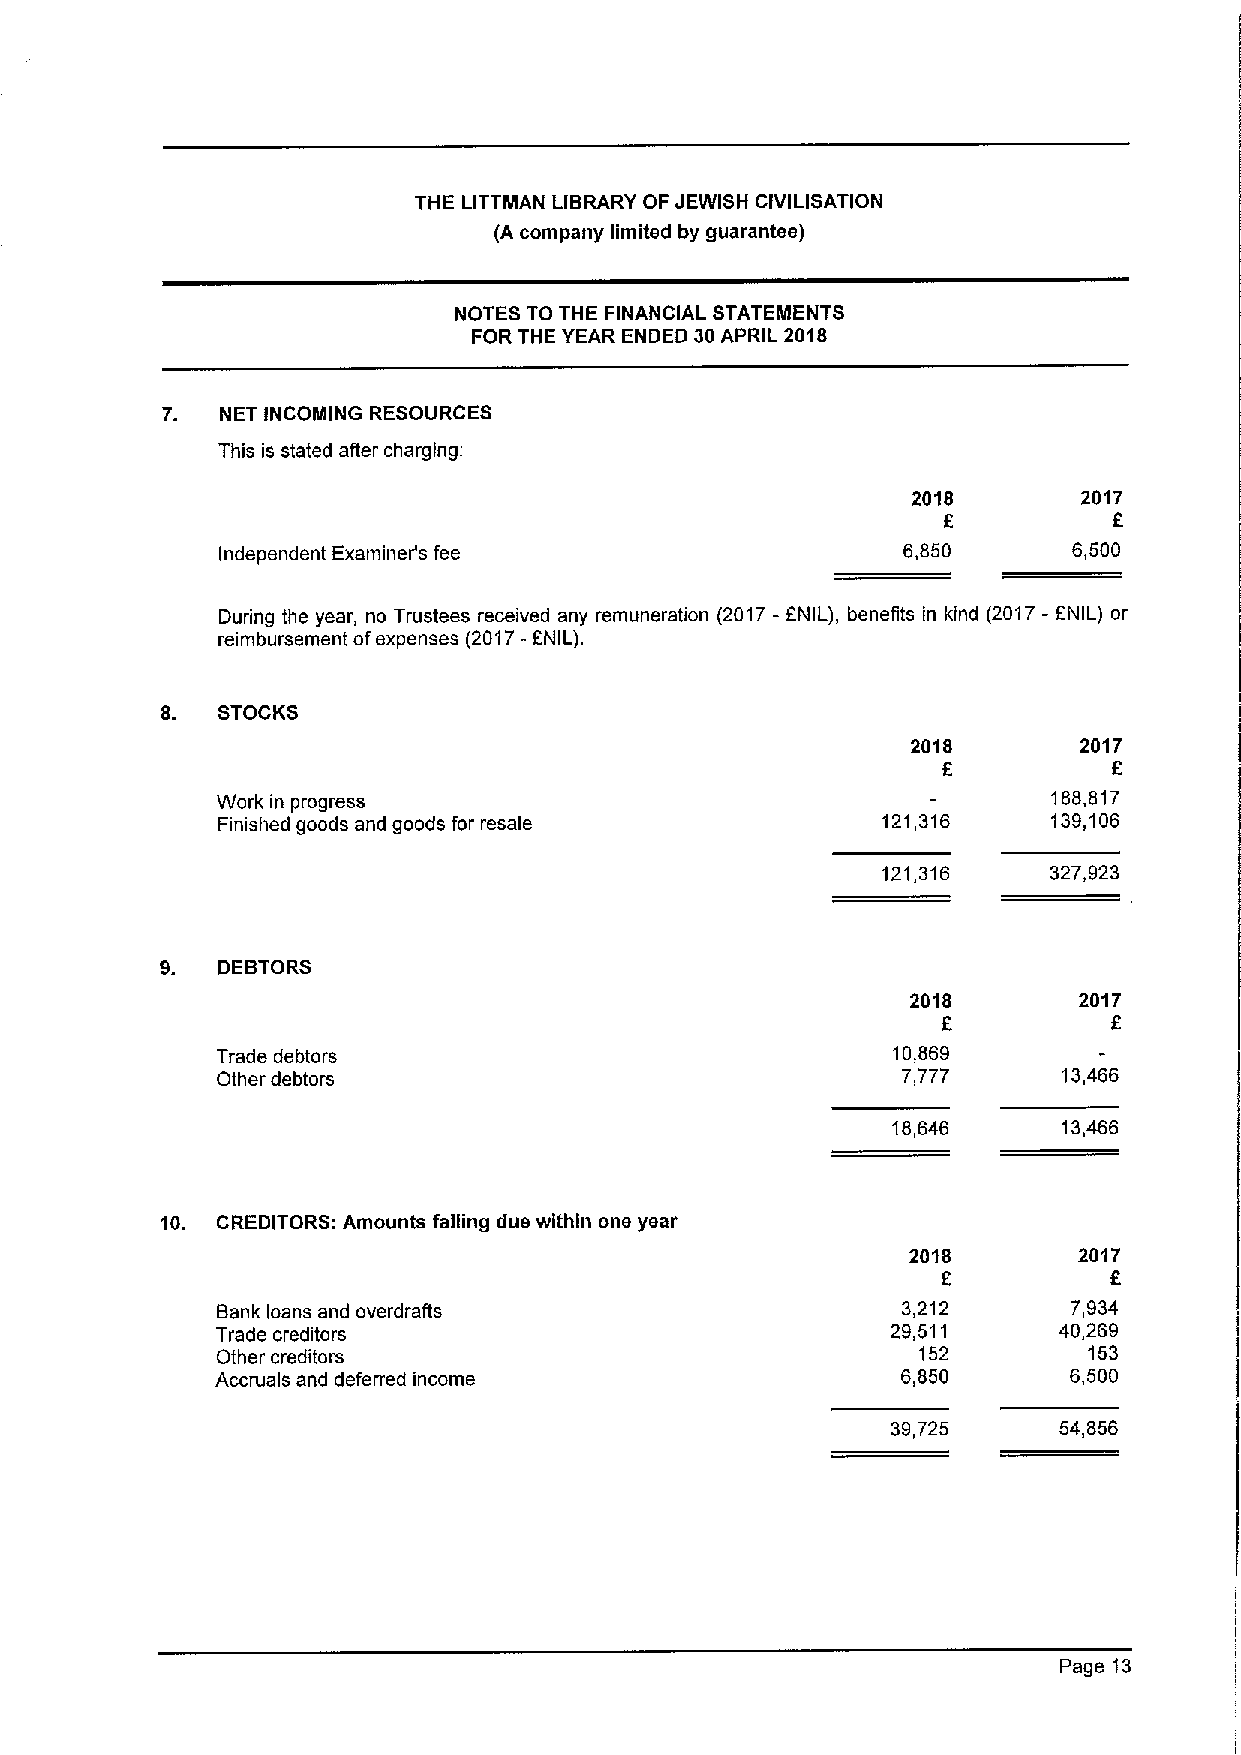
THE LITTMAN LIBRARY OF JEWISH CIVILISATION
 (A company limited by guarantee)
 NOTES TO THE FINANCIAL STATEIIIIENTS
 FOR THE YEAR ENDED 30APRIL 2018
 7.  NET INCOMING RESOURCES
 This is stated after charging:
 2018        2017
 f           f
 Independent Examiner's fee                    6,850      6,500
 During the year, no Trustees received any remuneration (2017- f NIL), benefits in kind (2017- 6NIL) or
 f
 reimbursement ofexpenses (2017- NIL).
 8. STOCKS
 2018       2017
 Work in progress
 188,817
 Finished goods and goods for resale         121,316     139,106
 121,316    327,923
 9. DEBTORS
 2018       2017
 6
 Trade debtors                                10,869
 Other debtors                                 7,777     13,466
 18,646     13,466
 10. CREDITORS: Amounts falling due within one year
 2018       2017
 f
 6
 Bank loans and overdrafts                     3,212      7,934
 Trade creditors                              29,511     40,269
 Other creditors                                152        153
 Accruals and deferred income                  6,850      6,500
 39,725     54,856
 Page 13